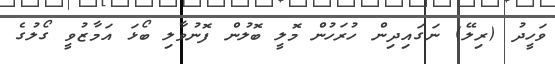
ވަހީދު (ރިލޭ) ނަގައިދިން ހުރަހުން މޮލީ ބޮލުން ފޮނުވާލި ބޯޅަ އަމާޒުވީ ގޯލުގެ